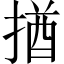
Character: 揂